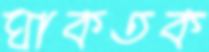
ঘাকতক